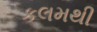
કલમથી